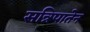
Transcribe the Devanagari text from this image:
सन्निपातेन